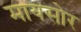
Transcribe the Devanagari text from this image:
मायसोर